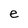
Character: e